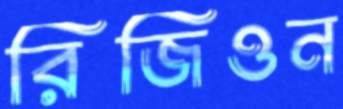
রিজিওন